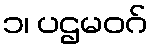
၁၊ ပဌမဝဂ်